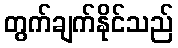
တွက်ချက်နိုင်သည်